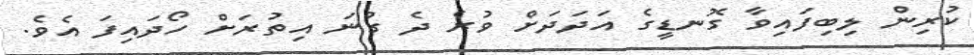
ކުރިން ލިބިފައިވާ ގޮނޑީގެ އަދަދަށް ވުރެ ދެ ގުނަ އިތުރަށް ހޯދައިފަ އެވެ.